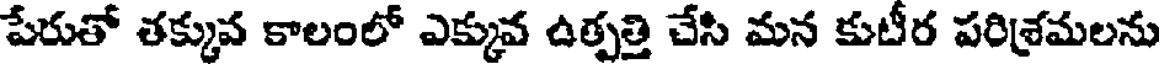
పేరుతో తక్కువ కాలంలో ఎక్కువ ఉత్పత్తి చేసి మన కుటీర పరిశ్రమలను